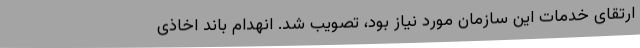
ارتقای خدمات این سازمان مورد نیاز بود، تصویب شد. انهدام باند اخاذی